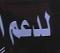
لدعم